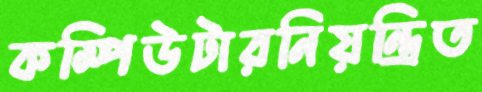
কম্পিউটারনিয়ন্ত্রিত